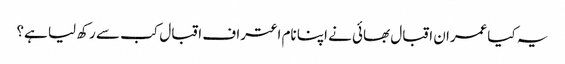
یہ کیاعمران اقبال بھائی نے اپنا نام اعتراف اقبال کب سے رکھ لیا ہے؟